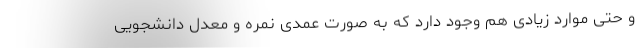
و حتی موارد زیادی هم وجود دارد که به صورت عمدی نمره و معدل دانشجویی